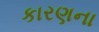
કારણના